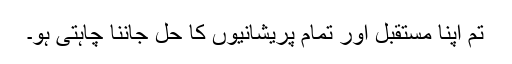
تم اپنا مستقبل اور تمام پریشانیوں کا حل جاننا چاہتی ہو۔